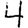
Digit: 4